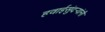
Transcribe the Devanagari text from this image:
हवाईसुंदर्‍यांंनी